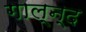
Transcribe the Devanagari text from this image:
गाल्न्द